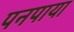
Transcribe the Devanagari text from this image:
पनपाया